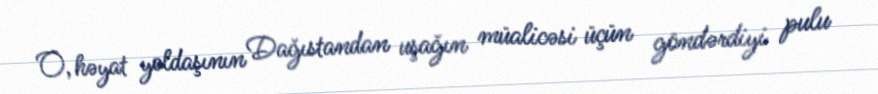
O, həyat yoldaşının Dağıstandan uşağın müalicəsi üçün göndərdiyi pulu